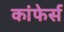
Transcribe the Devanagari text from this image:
कांफेर्स